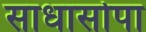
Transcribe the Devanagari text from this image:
साधासोपा